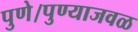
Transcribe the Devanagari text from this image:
पुणे।पुण्याजवळ